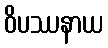
ဝိပဿနာယ